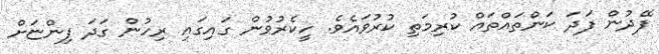
ފޭދުން ފަދަ ކަންތައްތައް ކުރިމަތި ކުރުވައެވެ. ހީކެރުވުން ގައިގައި ރިހުން ގަދަ ފިންޏަށް